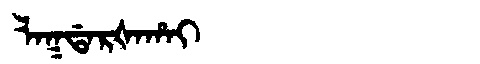
Manchu: ᠯᠠᡴᡩᠠᡵᡧᠠᡥᠠᡳ
Romanization: LAKDARŠAHAI